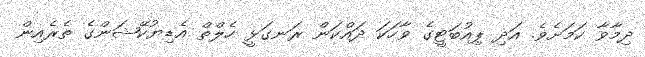
ދިމާވާ ކަމަށެވެ. އަދި ޕިއުބަޓީގެ ވާހަކަ ދައްކަން ރަނގަޅީ ހެލްތް އެޑިޔުކޭޝަންގެ ތެރެއިން